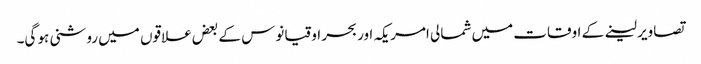
تصاویر لینے کے اوقات میں شمالی امریکہ اور بحر اوقیانوس کے بعض علاقوں میں روشنی ہو گی۔